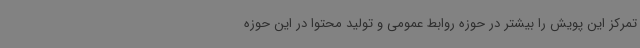
تمرکز این پویش را بیشتر در حوزه روابط عمومی و تولید محتوا در این حوزه